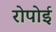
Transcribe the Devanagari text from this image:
रोपोई